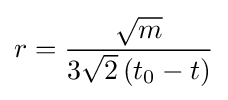
r={\frac {\sqrt {m}}{3{\sqrt {2}}\left(t_{0}-t\right)}}